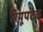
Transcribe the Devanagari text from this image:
रियूपटेक